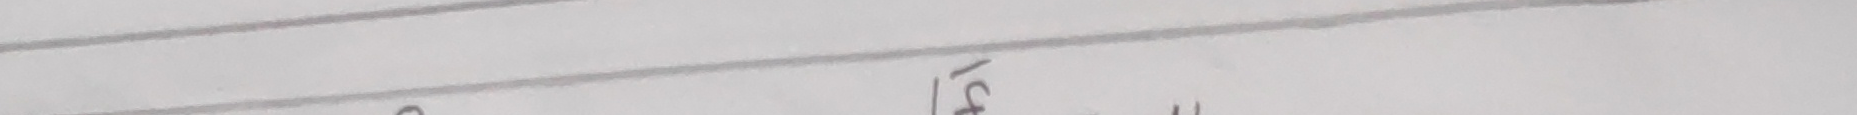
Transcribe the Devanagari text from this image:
त्यहाँ